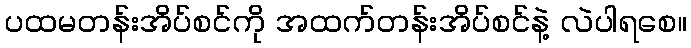
ပထမတန်းအိပ်စင်ကို အထက်တန်းအိပ်စင်နဲ့ လဲပါရစေ။